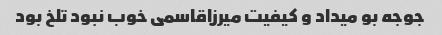
جوجه بو میداد و کیفیت میرزاقاسمی خوب نبود تلخ بود